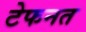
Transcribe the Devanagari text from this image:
टेफनत